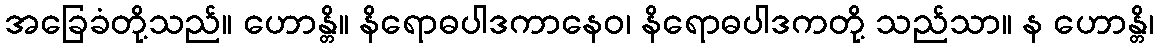
အခြေခံတို့သည်။ ဟောန္တိ။ နိရောဓပါဒကာနေဝ၊ နိရောဓပါဒကတို့ သည်သာ။ န ဟောန္တိ၊